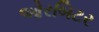
ઓરબિટર